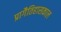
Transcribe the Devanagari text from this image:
प्रागैतिहासकाल